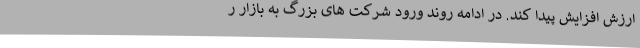
ارزش افزایش پیدا کند. در ادامه روند ورود شرکت های بزرگ به بازار ر